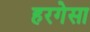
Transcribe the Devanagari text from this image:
हरगेसा